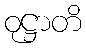
ဝုဋ္ဌာတိ